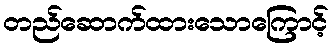
တည်ဆောက်ထားသောကြောင့်